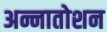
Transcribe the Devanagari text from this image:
अन्नातोशन